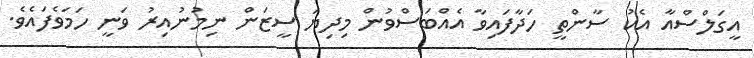
އީގަލްސްއާ އެކު ސާންތީ ހަދާފައިވާ އެއްބަސްވުން މިދިޔަ ސީޒަން ނިމުނުއިރު ވަނީ ހަމަވެފައެވެ.